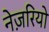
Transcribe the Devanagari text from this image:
नेज़रियो